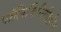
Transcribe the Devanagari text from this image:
पॉलिविनिलिडीन